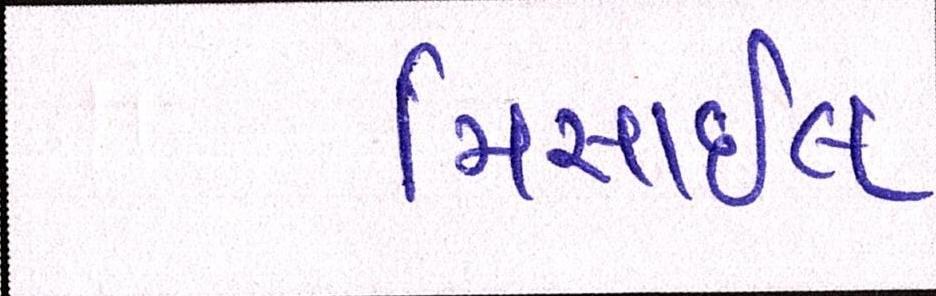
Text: મિસાઇલ